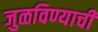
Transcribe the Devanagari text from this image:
जुळविण्याची